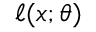
\ell ( x ; \theta )